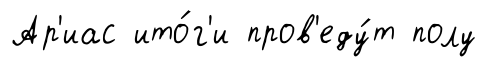
Ар'иас ито́г'и пров'еду́т полу